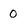
Character: 0